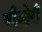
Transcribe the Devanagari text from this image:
थीओरी